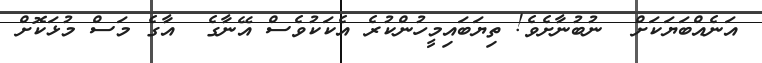
އަނެއްބަޔަކަށް  ނުބުނާށެވެ! ތިޔަބައިމީހުންކުރެ އެކަކުވެސް އޭނާގެ  އާގެ މަސް މުޅަކޮށް